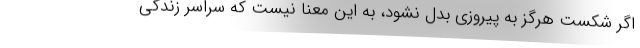
اگر شکست هرگز به پیروزی بدل نشود، به این معنا نیست که سراسرِ زندگی